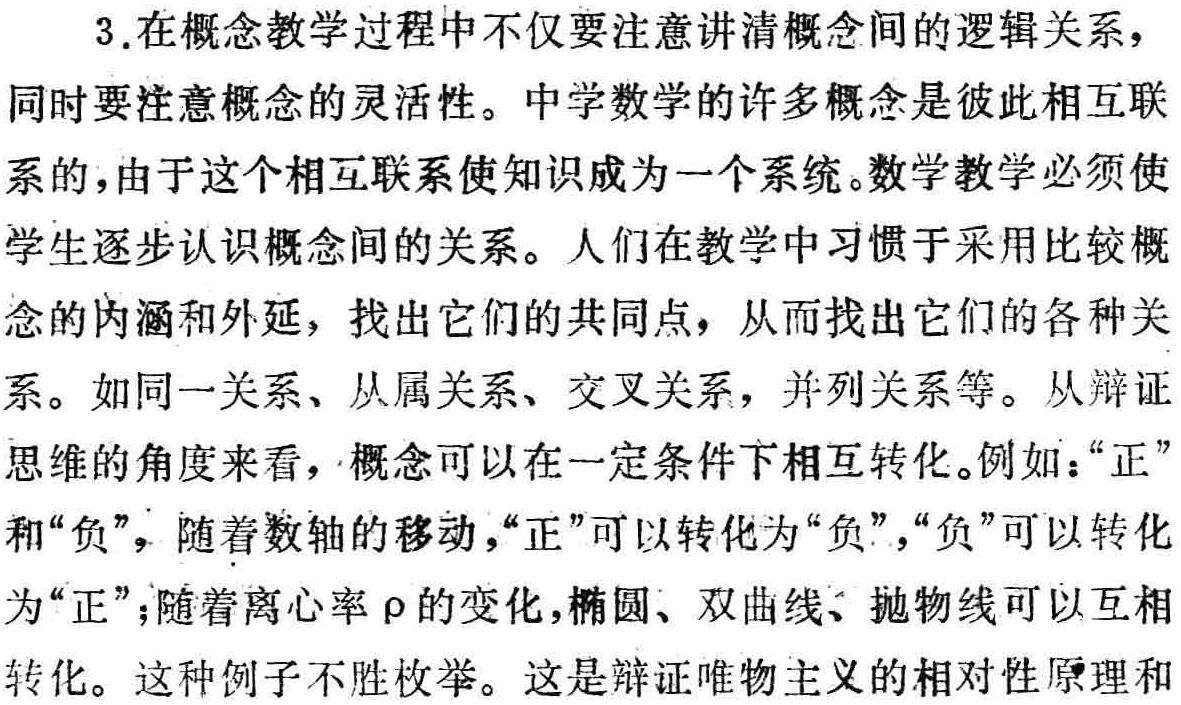
3.在概念教学过程中不仅要注意讲清概念间的逻辑关系，同时要注意概念的灵活性。中学数学的许多概念是彼此相互联系的，由于这个相互联系使知识成为一个系统。数学教学必须使学生逐步认识概念间的关系。人们在教学中习惯于采用比较概念的内涵和外延，找出它们的共同点，从而找出它们的各种关系。如同一关系、从属关系、交叉关系，并列关系等。从辩证思维的角度来看，概念可以在一定条件下相互转化。例如：“正”和“负”，随着数轴的移动，“正”可以转化为“负”，“负”可以转化为“正”；随着离心率$\rho$的变化，椭圆、双曲线、抛物线可以互相转化。这种例子不胜枚举。这是辩证唯物主义的相对性原理和